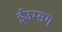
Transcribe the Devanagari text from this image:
ईउम्सग